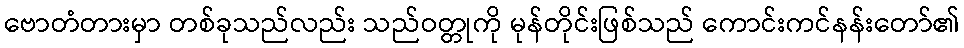
ဗောတံတားမှာ တစ်ခုသည်လည်း သည်ဝတ္တုကို မုန်တိုင်းဖြစ်သည် ကောင်းကင်နန်းတော်၏